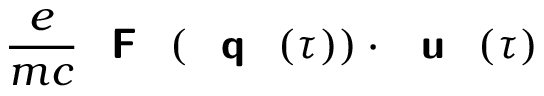
\frac { e } { m c } { \textbf { \textsf { F } } } ( { \textbf { \textsf { q } } } ( \tau ) ) \cdot { \textbf { \textsf { u } } } ( \tau )